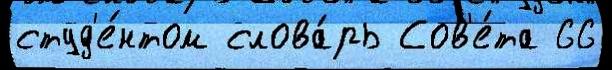
студ'е́нтом слова́рь Сов'е́та 66